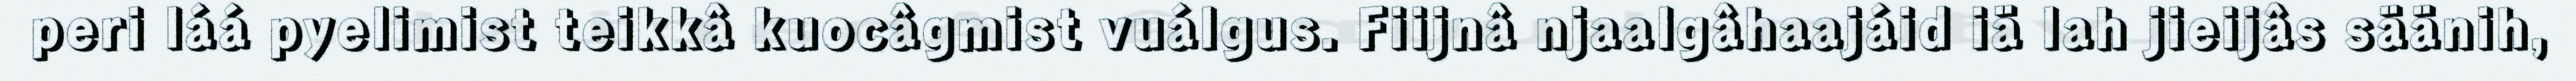
peri láá pyelimist teikkâ kuocâgmist vuálgus. Fiijnâ njaalgâhaajáid iä lah jieijâs säänih,